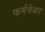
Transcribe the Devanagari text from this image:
फर्मवेअर